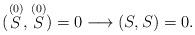
LaTeX: \begin{align*}(\stackrel{(0)}{S},\stackrel{(0)}{S})=0\longrightarrow(S,S)=0 .\end{align*}